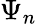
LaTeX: \Psi_{n}